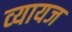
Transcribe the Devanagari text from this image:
व्‍यायज